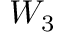
W _ { 3 }